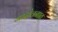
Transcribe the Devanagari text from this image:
आंदोलनाात